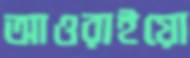
আওরাইয়ো